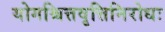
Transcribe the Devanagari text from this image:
योगश्चित्तवृत्तिनिरोधः